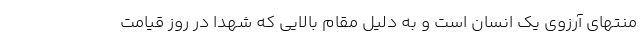
منتهای آرزوی یک انسان است و به دلیل مقام بالایی که شهدا در روز قیامت